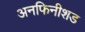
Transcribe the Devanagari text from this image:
अनफिनीशड